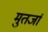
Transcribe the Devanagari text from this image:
मुतर्जा